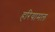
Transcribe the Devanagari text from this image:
हरियामल